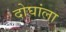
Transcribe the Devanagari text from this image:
दोघांला